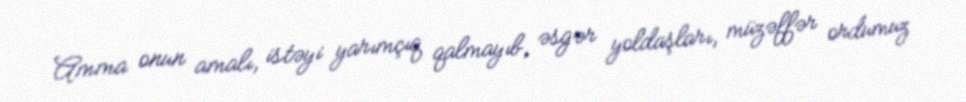
Amma onun amalı, istəyi yarımçıq qalmayıb, əsgər yoldaşları, müzəffər ordumuz